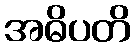
အဓိပတိ